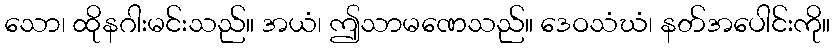
သော၊ ထိုနဂါးမင်းသည်။ အယံ၊ ဤသာမဏေသည်။ ဒေဝသံဃံ၊ နတ်အပေါင်းကို။